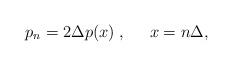
LaTeX: \begin{align*}p_n = 2 \Delta p(x) \; , \;\;\;\;\; x = n \Delta ,\end{align*}